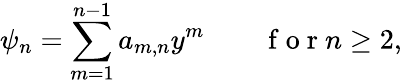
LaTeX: \psi_{n}=\sum_{m=1}^{n-1}a_{m,n}y^{m}\qquad\mathrm{~f~o~r~}n\geq 2,